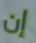
إن